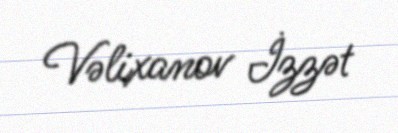
Vəlixanov İzzət